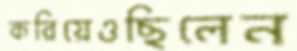
করিয়েওছিলেন